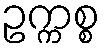
ဥက္ကစ္စ